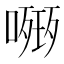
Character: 𭊧